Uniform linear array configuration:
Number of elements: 32
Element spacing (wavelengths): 0.75
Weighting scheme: cosine
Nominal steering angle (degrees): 15
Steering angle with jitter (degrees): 13.187
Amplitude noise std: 0.05
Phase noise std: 0.05

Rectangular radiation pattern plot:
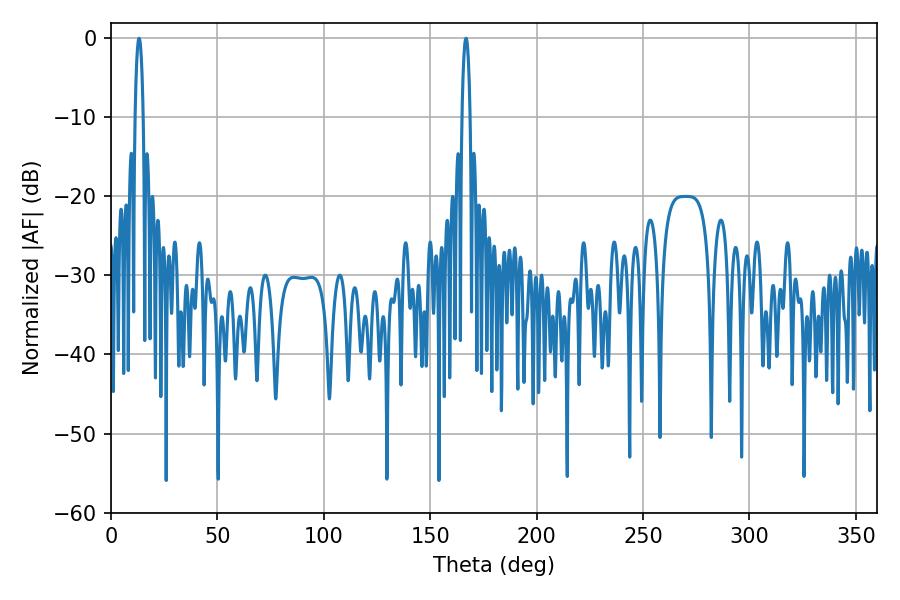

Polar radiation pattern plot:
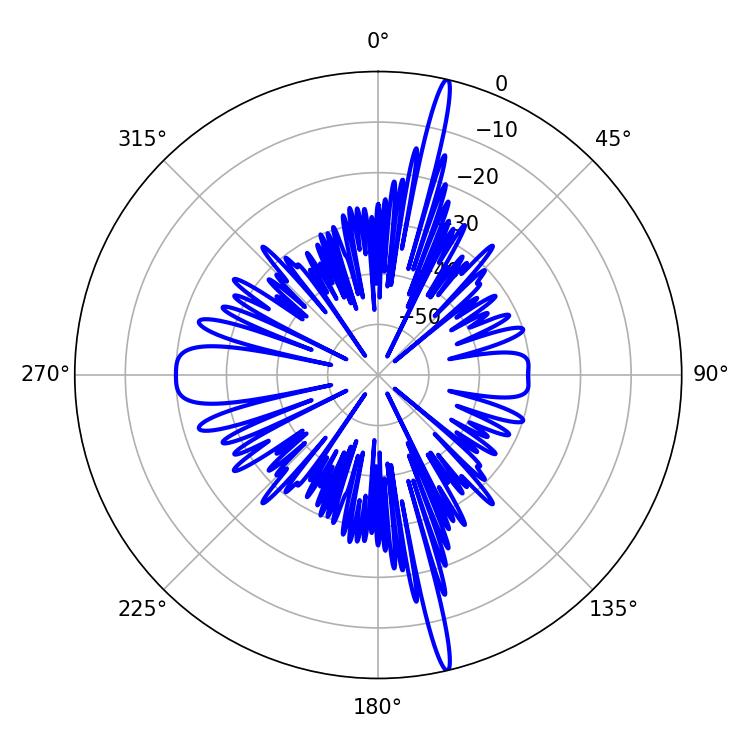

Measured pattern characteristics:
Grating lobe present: TRUE
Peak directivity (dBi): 20.954
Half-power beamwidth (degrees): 2.16
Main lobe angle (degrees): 166.86